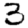
Digit: 3